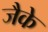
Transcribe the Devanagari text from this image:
जैके